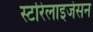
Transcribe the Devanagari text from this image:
स्टरिलाइजेसन